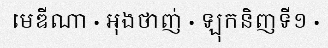
មេឌីណា · អុងថាញ់ · ឡុកនិញទី១ ·